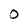
Character: O